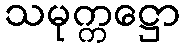
သမုက္ကဋ္ဌော